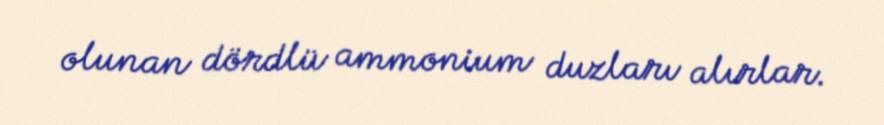
olunan dördlü ammonium duzları alırlar.